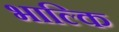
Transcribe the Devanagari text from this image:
भाल्कि